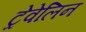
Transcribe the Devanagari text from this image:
ट्रेवेलिन